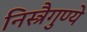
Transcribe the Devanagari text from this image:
निस्त्रैगुण्ये